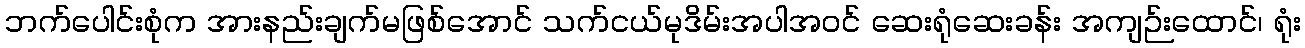
ဘက်ပေါင်းစုံက အားနည်းချက်မဖြစ်အောင် သက်ငယ်မုဒိမ်းအပါအဝင် ဆေးရုံဆေးခန်း အကျဉ်းထောင်၊ ရုံး